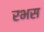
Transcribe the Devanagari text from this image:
रभस